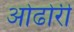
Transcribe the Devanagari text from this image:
ओढोरी